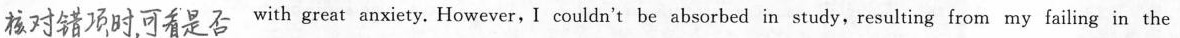
##核对错项时，可看是否##with great anxiety. However, I couldn't be absorbed in study,resulting from my failing in the